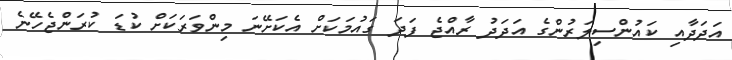
އަދަދާއި ކައުންސިލަރުންގެ އަދަދު ރާއްޖެ ފަދަ ގައުމަކަށް އެކަށޭނަ މިންވަރަކަށް ކުޑަ ކުރަންޖެހޭނެ